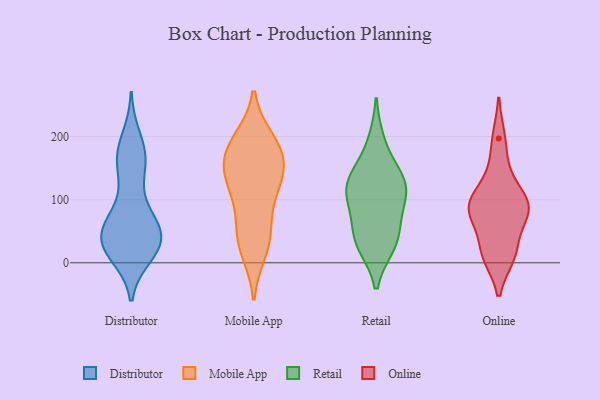
{"axis": {"x": "Satisfaction Score", "y": "Value"}, "legend": ["Distributor", "Mobile App", "Online", "Retail"], "data": [{"x": "", "y": 14, "type": "Distributor"}, {"x": "", "y": 133, "type": "Distributor"}, {"x": "", "y": 171, "type": "Distributor"}, {"x": "", "y": 60, "type": "Distributor"}, {"x": "", "y": 71, "type": "Distributor"}, {"x": "", "y": 157, "type": "Distributor"}, {"x": "", "y": 59, "type": "Distributor"}, {"x": "", "y": 27, "type": "Distributor"}, {"x": "", "y": 34, "type": "Distributor"}, {"x": "", "y": 173, "type": "Distributor"}, {"x": "", "y": 29, "type": "Distributor"}, {"x": "", "y": 197, "type": "Distributor"}, {"x": "", "y": 165, "type": "Distributor"}, {"x": "", "y": 28, "type": "Distributor"}, {"x": "", "y": 23, "type": "Distributor"}, {"x": "", "y": 56, "type": "Distributor"}, {"x": "", "y": 31, "type": "Distributor"}, {"x": "", "y": 77, "type": "Distributor"}, {"x": "", "y": 33, "type": "Distributor"}, {"x": "", "y": 19, "type": "Mobile App"}, {"x": "", "y": 150, "type": "Mobile App"}, {"x": "", "y": 36, "type": "Mobile App"}, {"x": "", "y": 194, "type": "Mobile App"}, {"x": "", "y": 155, "type": "Mobile App"}, {"x": "", "y": 71, "type": "Mobile App"}, {"x": "", "y": 178, "type": "Mobile App"}, {"x": "", "y": 116, "type": "Mobile App"}, {"x": "", "y": 126, "type": "Mobile App"}, {"x": "", "y": 41, "type": "Mobile App"}, {"x": "", "y": 190, "type": "Mobile App"}, {"x": "", "y": 124, "type": "Mobile App"}, {"x": "", "y": 173, "type": "Mobile App"}, {"x": "", "y": 111, "type": "Retail"}, {"x": "", "y": 28, "type": "Retail"}, {"x": "", "y": 192, "type": "Retail"}, {"x": "", "y": 28, "type": "Retail"}, {"x": "", "y": 92, "type": "Retail"}, {"x": "", "y": 125, "type": "Retail"}, {"x": "", "y": 61, "type": "Retail"}, {"x": "", "y": 41, "type": "Retail"}, {"x": "", "y": 133, "type": "Retail"}, {"x": "", "y": 142, "type": "Retail"}, {"x": "", "y": 112, "type": "Retail"}, {"x": "", "y": 83, "type": "Online"}, {"x": "", "y": 96, "type": "Online"}, {"x": "", "y": 83, "type": "Online"}, {"x": "", "y": 96, "type": "Online"}, {"x": "", "y": 18, "type": "Online"}, {"x": "", "y": 98, "type": "Online"}, {"x": "", "y": 148, "type": "Online"}, {"x": "", "y": 12, "type": "Online"}, {"x": "", "y": 197, "type": "Online"}, {"x": "", "y": 15, "type": "Online"}, {"x": "", "y": 71, "type": "Online"}]}